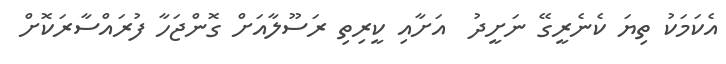
އެކަމަކު ތިޔަ ކެނެރީގޭ ނަށީދު  އަށާއި ކީރިތި ރަސޫލާއަށް ގޮންޖަހާ ފުރައްސާރަކޮށް